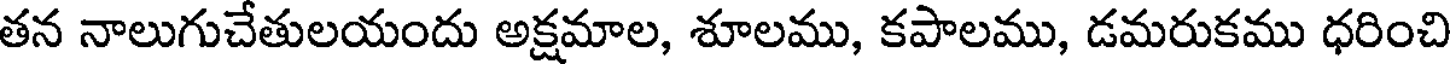
తన నాలుగుచేతులయందు అక్షమాల, శూలము, కపాలము, డమరుకము ధరించి